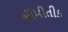
ભૌમીતીક